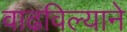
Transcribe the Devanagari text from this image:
वाढविल्याने